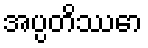
အပ္ပတိဿော